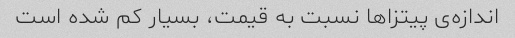
اندازه‌ی پیتزاها نسبت به قیمت، بسیار کم شده است